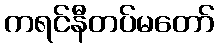
ကရင်နီတပ်မတော်